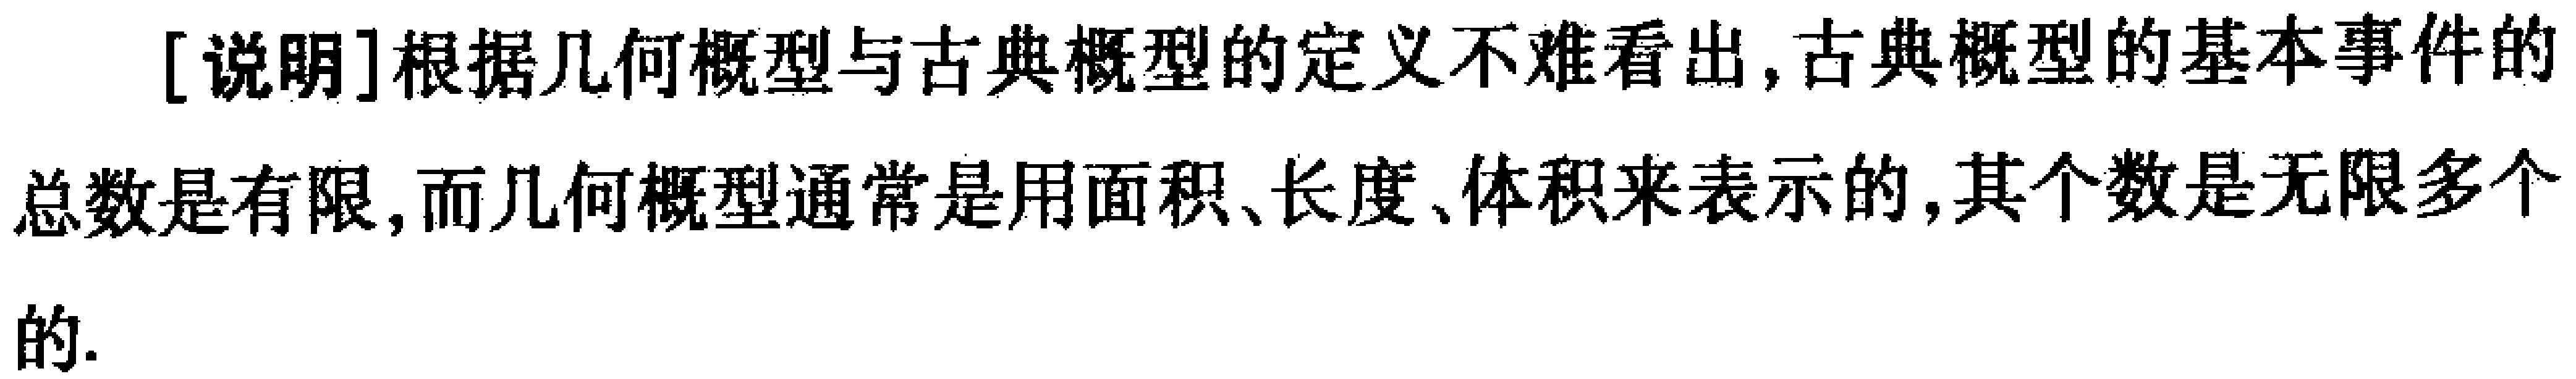
[说明]根据几何概型与古典概型的定义不难看出,古典概型的基本事件的总数是有限,而几何概型通常是用面积、长度、体积来表示的,其个数是无限多个的.